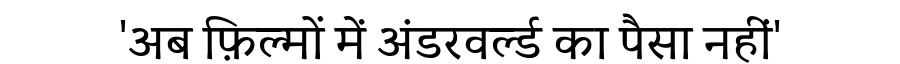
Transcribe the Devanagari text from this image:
'अब फ़िल्मों में अंडरवर्ल्ड का पैसा नहीं'